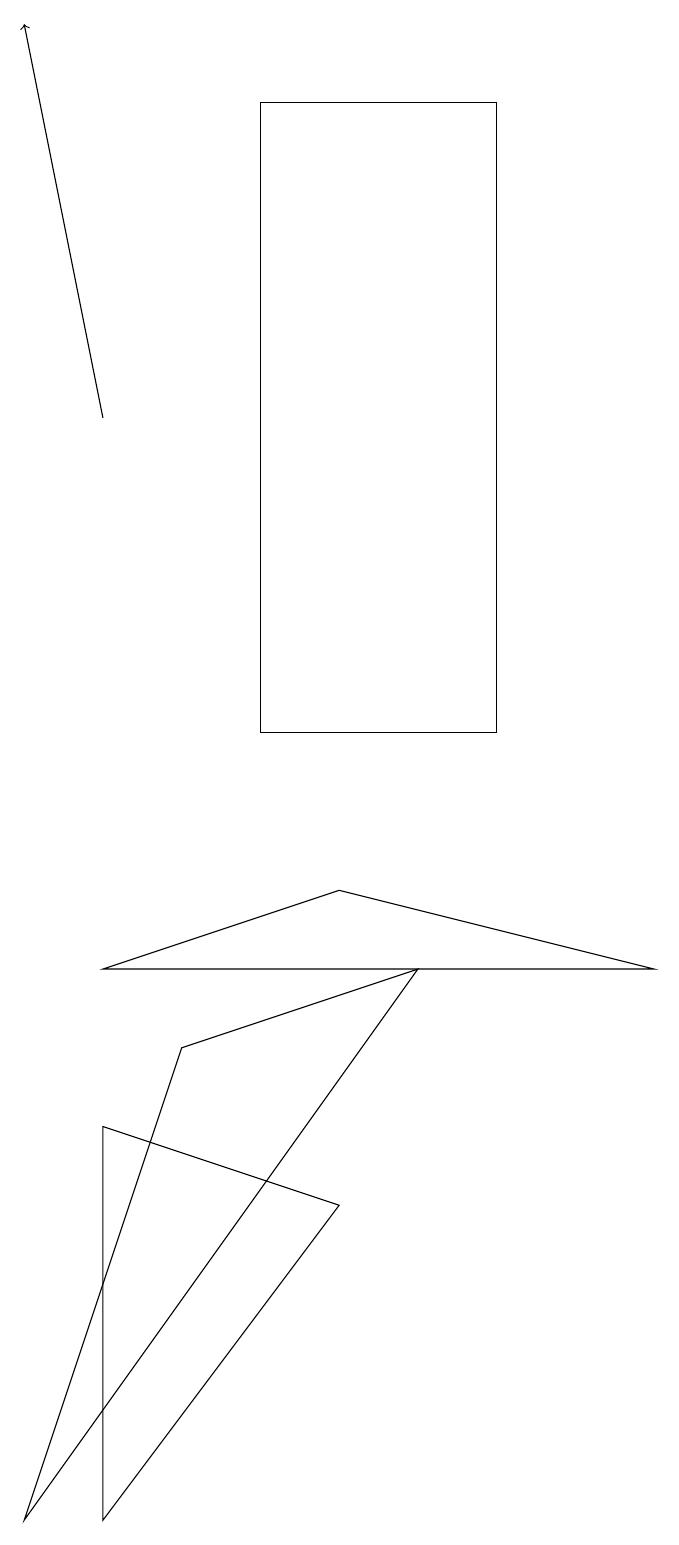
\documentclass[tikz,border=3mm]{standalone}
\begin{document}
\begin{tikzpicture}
\draw (0,0) -- (5,7) -- (2,6) -- cycle;
\draw[->] (1,14) -- (0,19);
\draw (4,8) -- (1,7) -- (8,7) -- cycle;
\draw (6,18) rectangle (3,10);
\draw (4,4) -- (1,5) -- (1,0) -- cycle;
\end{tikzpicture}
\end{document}